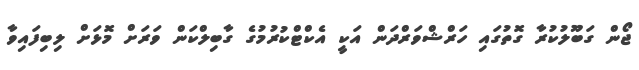
ޖޯން ގަބޫލުކުރާ ގޮތުގައި ހަރްޝްވަރްދަން އަކީ އެކްޓްކުރުމުގެ ގާބިލްކަން ވަރަށް މޮޅަށް ލިބިފައިވާ